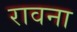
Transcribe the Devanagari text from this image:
रावना